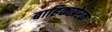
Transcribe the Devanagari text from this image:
बाहिकाप्रेरक